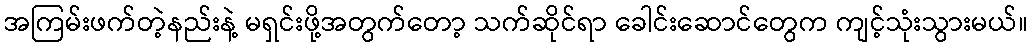
အကြမ်းဖက်တဲ့နည်းနဲ့ မရှင်းဖို့အတွက်တော့ သက်ဆိုင်ရာ ခေါင်းဆောင်တွေက ကျင့်သုံးသွားမယ်။